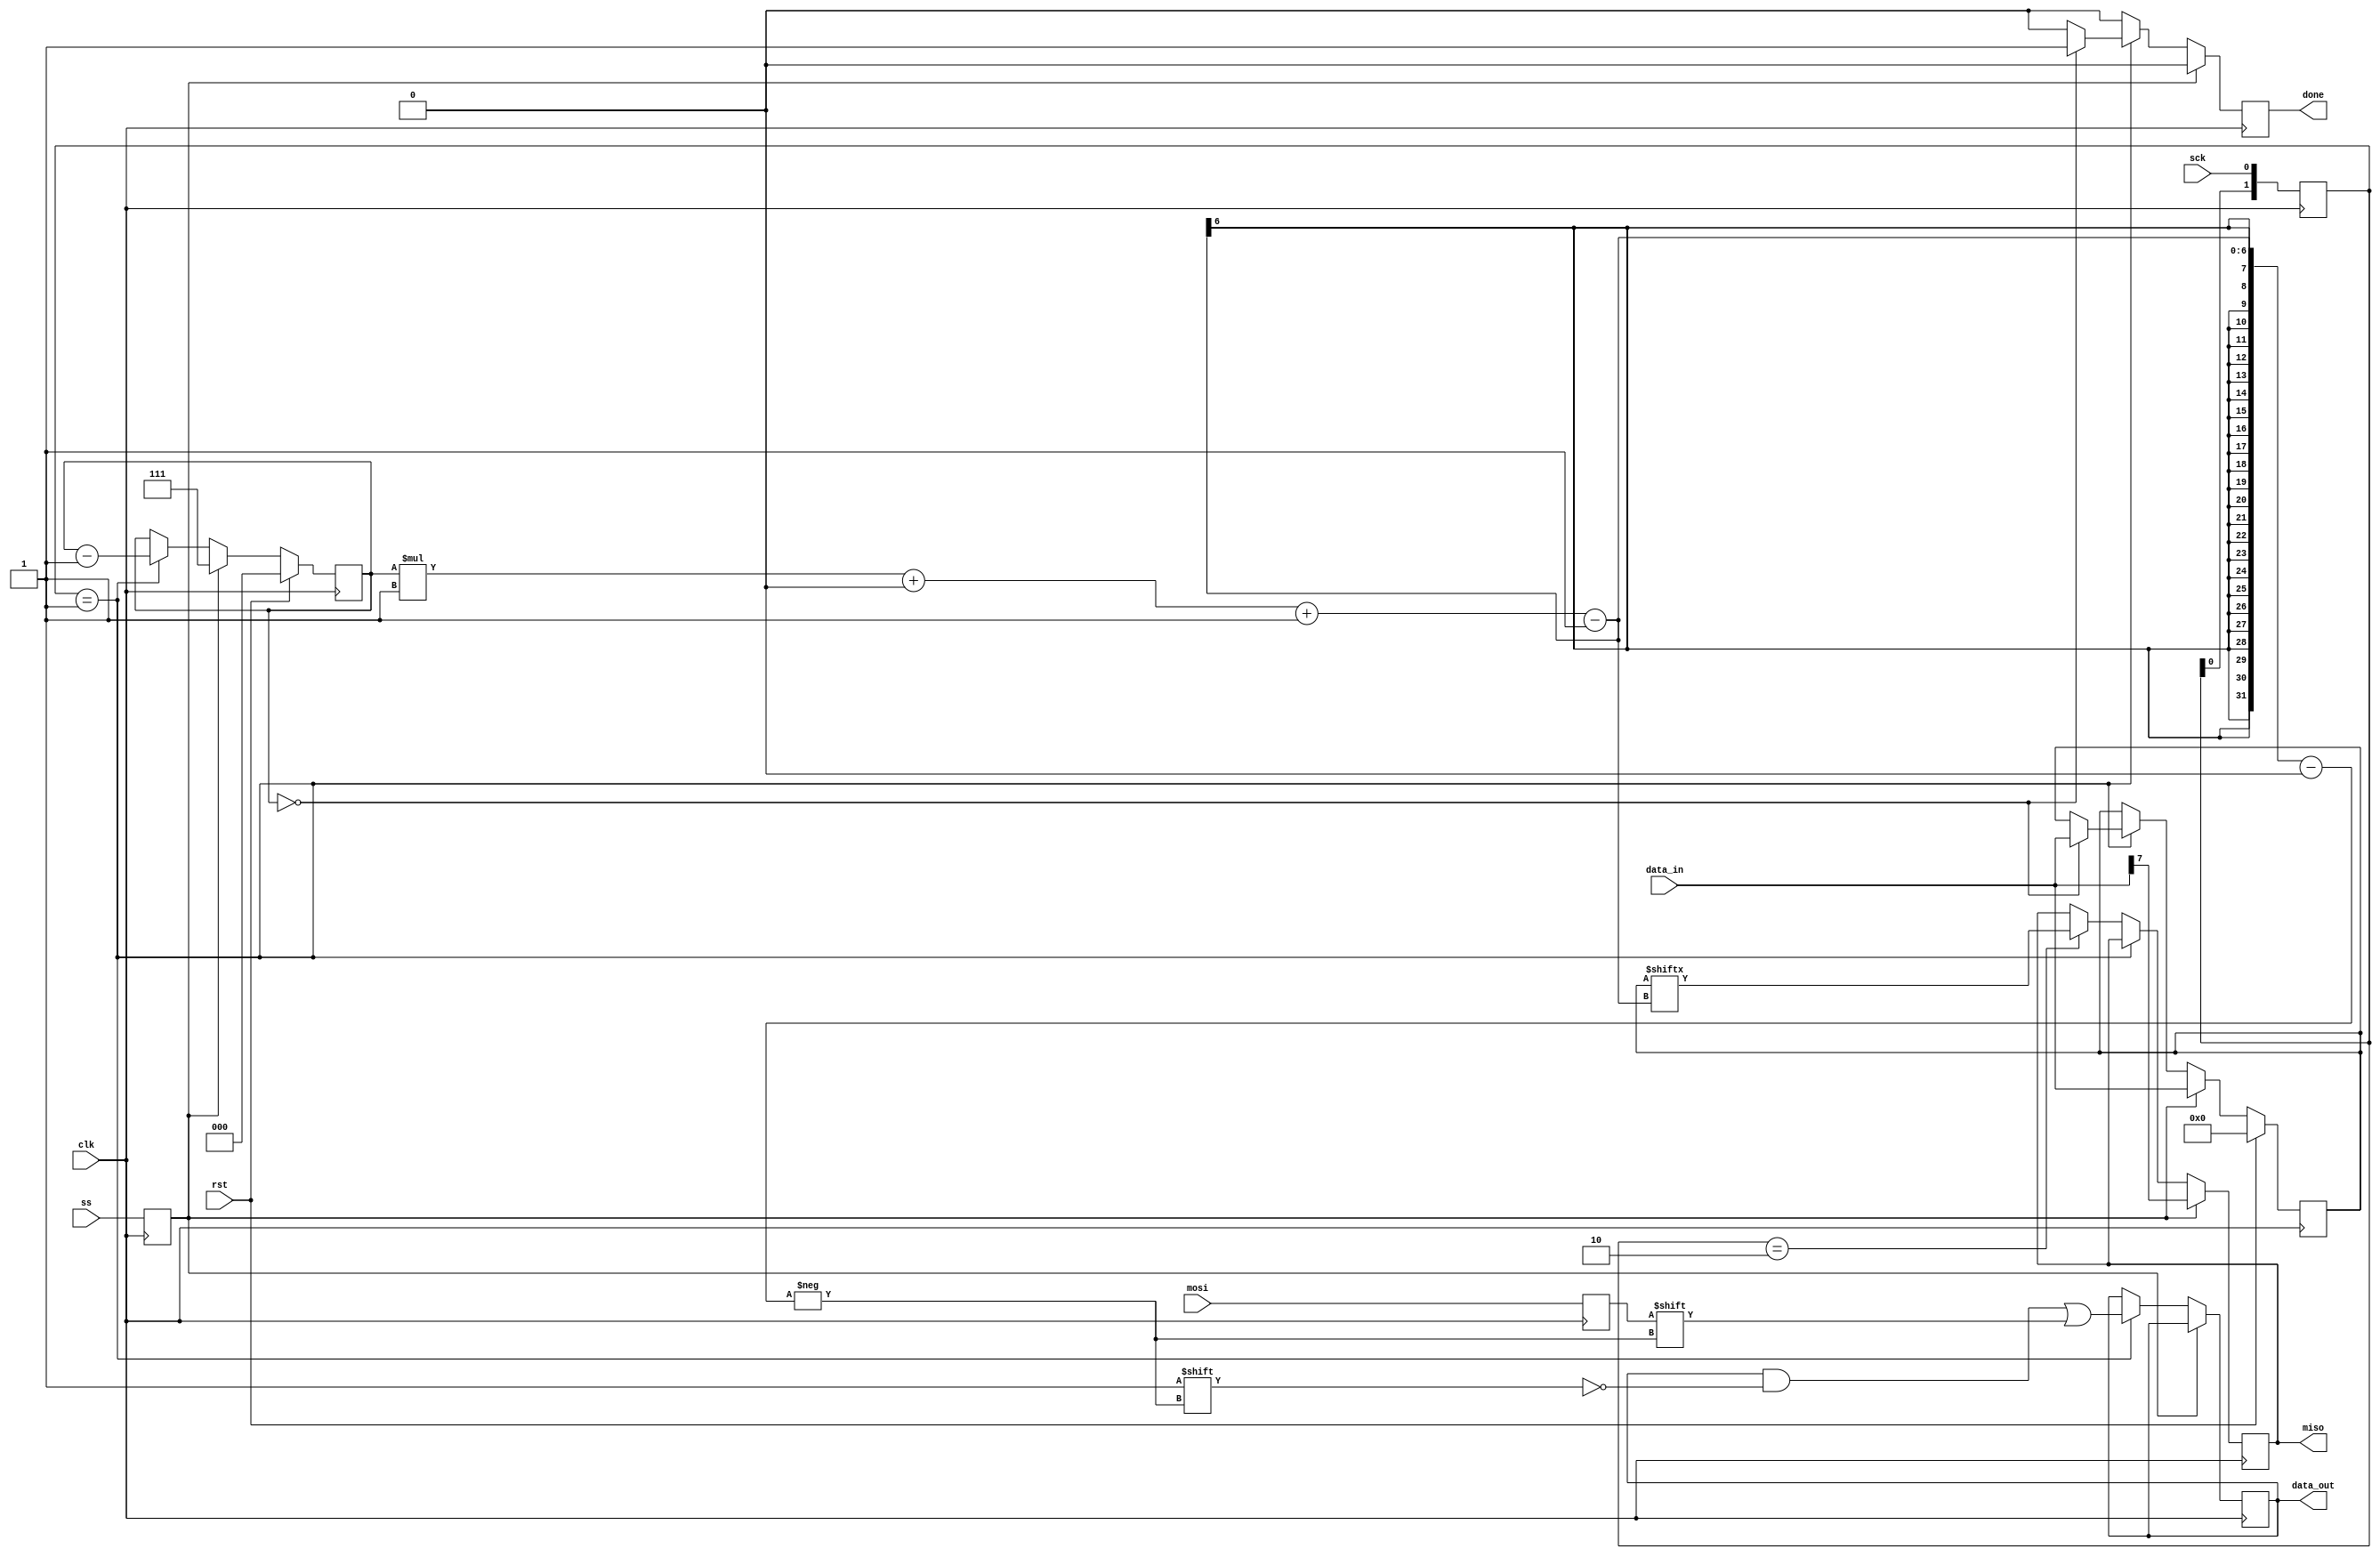
/*
   This file was generated automatically by the Mojo IDE version B1.3.4.
   Do not edit this file directly. Instead edit the original Lucid source.
   This is a temporary file and any changes made to it will be destroyed.
*/

/*
   Parameters:
     CPOL = 0
     CPHA = 0
*/
module spi_slave_4 (
    input clk,
    input rst,
    input ss,
    input mosi,
    output reg miso,
    input sck,
    output reg done,
    input [7:0] data_in,
    output reg [7:0] data_out
  );
  
  localparam CPOL = 1'h0;
  localparam CPHA = 1'h0;
  
  
  reg [2:0] M_bit_ct_d, M_bit_ct_q = 1'h0;
  reg [7:0] M_data_d, M_data_q = 1'h0;
  reg M_mosi_reg_d, M_mosi_reg_q = 1'h0;
  reg M_miso_reg_d, M_miso_reg_q = 1'h0;
  reg [1:0] M_sck_reg_d, M_sck_reg_q = 1'h0;
  reg M_ss_reg_d, M_ss_reg_q = 1'h0;
  reg [7:0] M_data_out_reg_d, M_data_out_reg_q = 1'h0;
  reg M_done_reg_d, M_done_reg_q = 1'h0;
  
  always @* begin
    M_sck_reg_d = M_sck_reg_q;
    M_mosi_reg_d = M_mosi_reg_q;
    M_done_reg_d = M_done_reg_q;
    M_ss_reg_d = M_ss_reg_q;
    M_data_d = M_data_q;
    M_bit_ct_d = M_bit_ct_q;
    M_data_out_reg_d = M_data_out_reg_q;
    M_miso_reg_d = M_miso_reg_q;
    
    miso = M_miso_reg_q;
    done = M_done_reg_q;
    data_out = M_data_out_reg_q;
    M_ss_reg_d = ss;
    M_mosi_reg_d = mosi;
    M_sck_reg_d = {M_sck_reg_q[0+0-:1], sck};
    M_done_reg_d = 1'h0;
    if (M_ss_reg_q) begin
      M_bit_ct_d = 3'h7;
      M_data_d = data_in;
      M_miso_reg_d = data_in[7+0-:1];
    end else begin
      if (M_sck_reg_q == 2'h1) begin
        M_data_out_reg_d[(M_bit_ct_q)*1+0-:1] = M_mosi_reg_q;
        M_bit_ct_d = M_bit_ct_q - 1'h1;
        if (M_bit_ct_q == 1'h0) begin
          M_done_reg_d = 1'h1;
          M_data_d = data_in;
        end
      end else begin
        if (M_sck_reg_q == 2'h2) begin
          M_miso_reg_d = M_data_q[(M_bit_ct_q)*1+0-:1];
        end
      end
    end
  end
  
  always @(posedge clk) begin
    M_mosi_reg_q <= M_mosi_reg_d;
    M_miso_reg_q <= M_miso_reg_d;
    M_sck_reg_q <= M_sck_reg_d;
    M_ss_reg_q <= M_ss_reg_d;
    M_data_out_reg_q <= M_data_out_reg_d;
    M_done_reg_q <= M_done_reg_d;
    
    if (rst == 1'b1) begin
      M_bit_ct_q <= 1'h0;
      M_data_q <= 1'h0;
    end else begin
      M_bit_ct_q <= M_bit_ct_d;
      M_data_q <= M_data_d;
    end
  end
  
endmodule